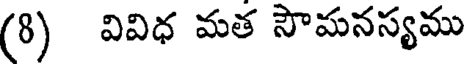
(8) వివిధ మత సౌమనస్యము